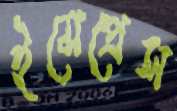
ইমেপ্রেস